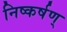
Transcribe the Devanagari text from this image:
निष्कर्षण्